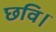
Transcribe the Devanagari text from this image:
छवि।